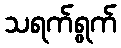
သရက်ရွက်